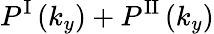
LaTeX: P^{\mathrm{I}}\left(k_{y}\right)+P^{\mathrm{II}}\left(k_{y}\right)